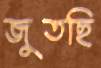
জুতছি